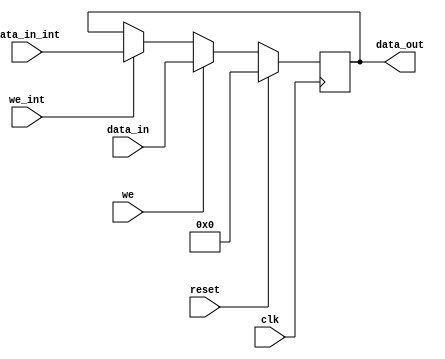
module mig_7series_v4_0_axi_ctrl_reg #
(
  parameter integer C_REG_WIDTH         = 32,
  parameter integer C_DATA_WIDTH        = 32,
  parameter         C_INIT              = 32'h0,
  parameter         C_MASK              = 32'h1
)
(
  input  wire                               clk         , 
  input  wire                               reset       , 
  input  wire [C_REG_WIDTH-1:0]             data_in     , 
  input  wire                               we          , 
  input  wire                               we_int      , 
  input  wire [C_REG_WIDTH-1:0]             data_in_int , 
  output wire [C_DATA_WIDTH-1:0]            data_out
);
reg [C_REG_WIDTH-1:0] data;
always @(posedge clk) begin
  if (reset) begin
    data <= C_INIT[0+:C_REG_WIDTH];
  end
  else if (we) begin
    data <= data_in;
  end
  else if (we_int) begin
    data <= data_in_int;
  end
  else begin
    data <= data;
  end
end
generate 
  if (C_REG_WIDTH == C_DATA_WIDTH) begin : assign_no_zero_pad
    assign data_out = data;
  end
  else begin : assign_zero_pad
    assign data_out = {{C_DATA_WIDTH-C_REG_WIDTH{1'b0}}, data};
  end
endgenerate
endmodule